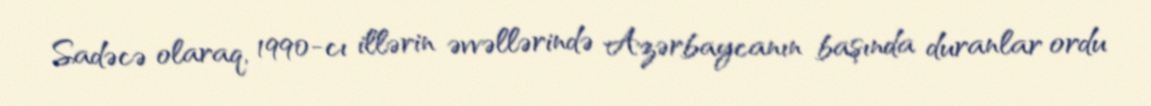
Sadəcə olaraq, 1990-cı illərin əvvəllərində Azərbaycanın başında duranlar ordu